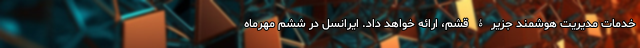
خدمات مدیریت هوشمند جزیرۀ قشم، ارائه خواهد داد. ایرانسل در ششم مهرماه